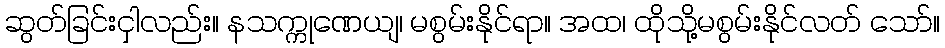
ဆွတ်ခြင်းငှါလည်း။ နသက္ကုဏေယျ၊ မစွမ်းနိုင်ရာ။ အထ၊ ထိုသို့မစွမ်းနိုင်လတ် သော်။